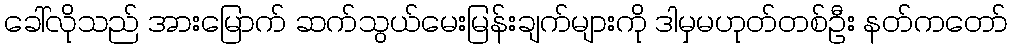
ခေါ်လိုသည် အားမြောက် ဆက်သွယ်မေးမြန်းချက်များကို ဒါမှမဟုတ်တစ်ဦး နတ်ကတော်